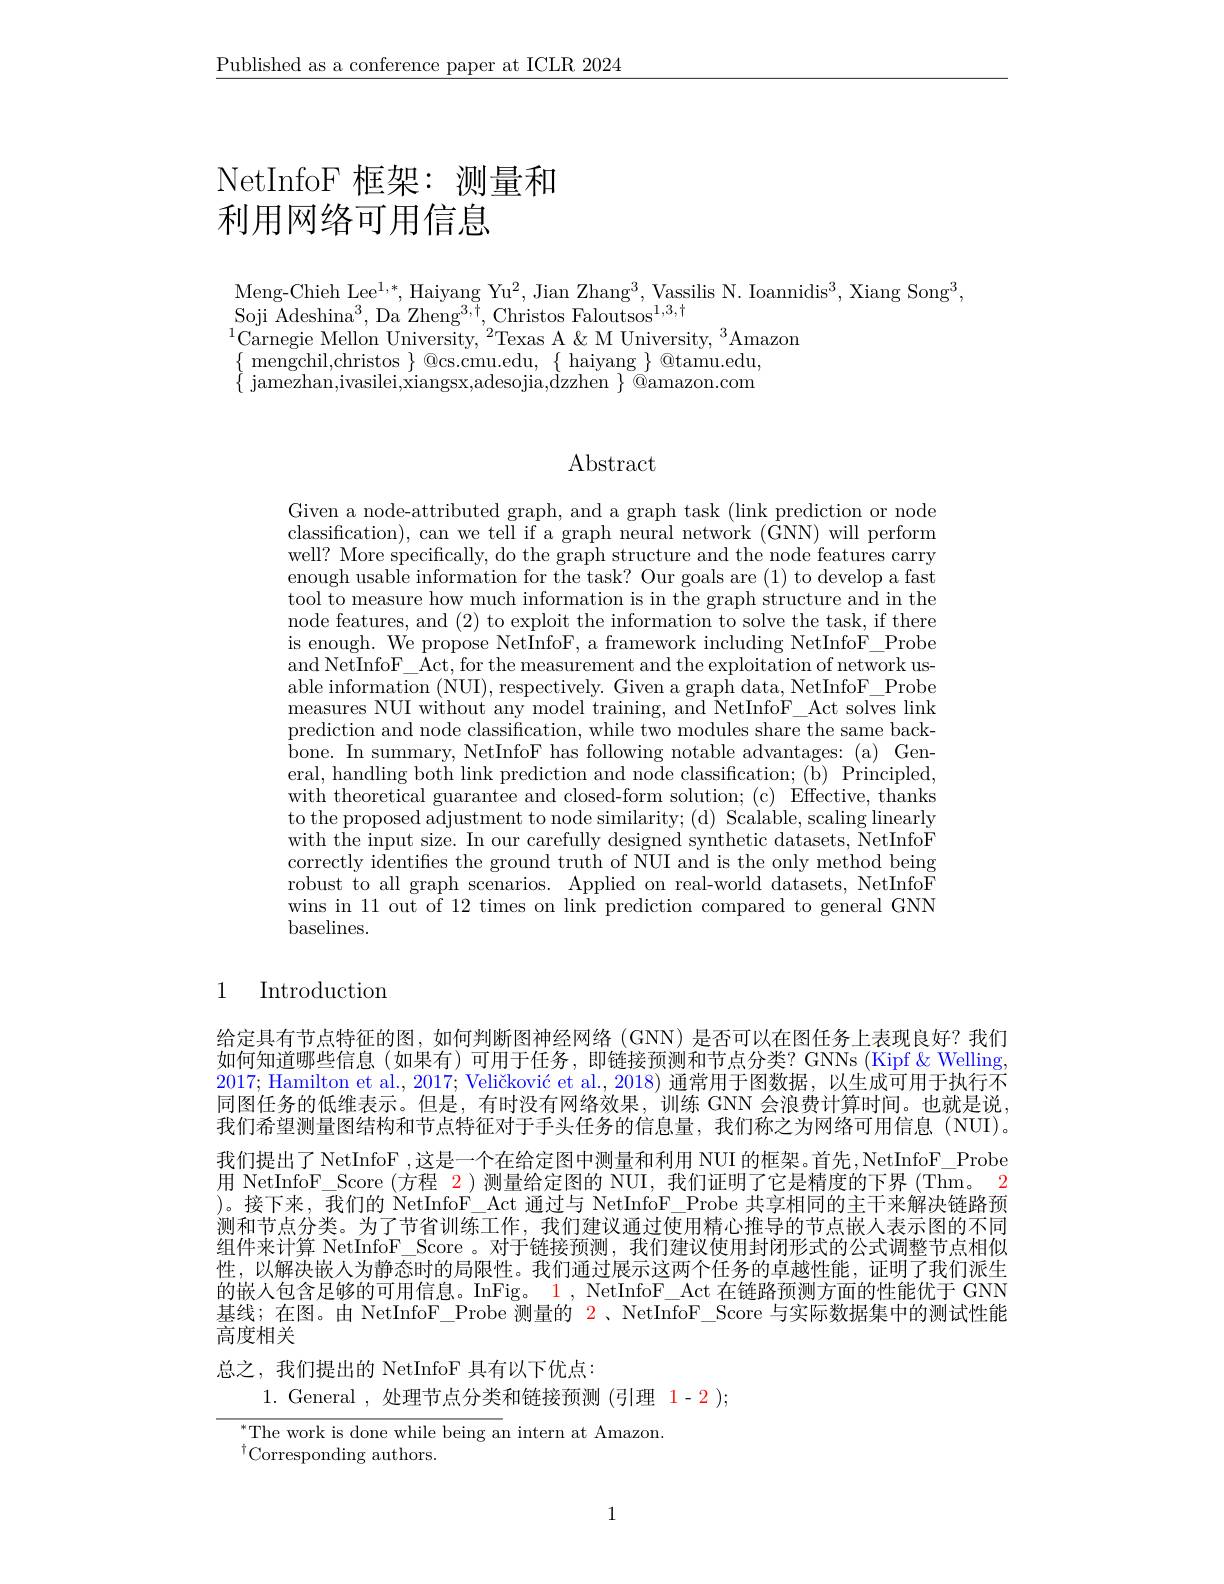
$\underline{\text{Published as a conference paper at ICLR 2024}}$

# NetInfoF 框架：测量和利用网络可用信息

Meng-Chieh Lee$^1,*$, Haiyang Yu$^2$, Jian Zhang$^3$, Vassilis N. Ioannidis$^3$, Xiang Song$^3$,
$\mathrm{Soji~Adeshina^{3},~Da~Zheng^{3,\dagger},~Christos~Faloutsos}^{1,3,\dagger}$
$^{1}$Carnegie Mellon University,$^2$Texas A&M University,$^3$Amazon
$\begin{array}{l}{\{\begin{array}{l}{\mathrm{mengchil,christos~}\}@cs.cmu.edu,~\{~haiyang~\}~@tamu.edu,}\\{\{~jamezhan,ivasilei,xiangsx,adesojia,dzzhen~\}~@amazon.com}\end{array}}\\\end{array}$

# Abstract

Given a node-attributed graph, and a graph task (link prediction or node classification), can we tell if a graph neural network $(\dot{\mathrm{GNN}})$ will perform well? More specifically, do the graph structure and the node features carry enough usable information for the task? Our goals are (1) to develop a fast tool to measure how much information is in the graph structure and in the node features, and (2) to exploit the information to solve the task, if there is enough. We propose NetInfoF, a framework including NetInfoF\_Probe and NetInfoF\_ Act, for the measurement and the exploitation of network usable information (NUI), respectively. Given a graph data, NetInfoF\_Probe measures NUI without any model training, and NetInfo$\overset{\mathrm{F}}{\operatorname*{\operatorname*{F}}}\_$Act solves link prediction and node classification, while two modules share the same backeral, handling both link prediction and node classification; (b) Principled, with theoretical guarantee and closed-form solution; (c) Effective, thanks to the proposed adjustment to node similarity; (d) Scalable, scaling linearly with the input size. In our carefully designed synthetic datasets, NetInfoF correctly identifies the ground truth of NUI and is the only method being robust to all graph scenarios. Applied on real-world datasets, NetInfoF wins in 11 out of 12 times on link prediction compared to general GNN baselines.

### 1 Introduction

给定具有节点特征的图，如何判断图神经网络 (GNN) 是否可以在图任务上表现良好？我们如何知道哪些信息(如果有)可用于任务，即链接预测和节点分类？GNNs (Kipf&Welling, 2017; Hamilton et al., $2017; \text{ Veli\v {c}kovi\' {c}etal. , 2018) 通 常 用 于 图 数 据 , 以 生 成 可 用 于 执 行 不 }$ 同图任务的低维表示。但是，有时没有网络效果，训练 GNN 会浪费计算时间。也就是说， 我们希望测量图结构和节点特征对于手头任务的信息量，我们称之为网络可用信息(NUI)。我们提出了 NetInfoF ,这是一个在给定图中测量和利用 NUI 的框架。首先，NetInfoF\_ Probe 用 NetInfoF\_Score (方程$\color{red}{2}$)测量给定图的 NUI, 我们证明了它是精度的下界(Thm。2 )。接下来，我们的 NetInfoF\_Act 通过与 NetInfoF\_Probe 共享相同的主干来解决链路预测和节点分类。为了节省训练工作，我们建议通过使用精心推导的节点嵌入表示图的不同组件来计算 NetInfoF\_Score 。对于链接预测，我们建议使用封闭形式的公式调整节点相似性，以解决嵌人为静态时的局限性。我们通过展示这两个任务的卓越性能，证明了我们派生的嵌人包含足够的可用信息。InFig。$\color{red}{1,\text{NetInfoF\_Act 在链路预测方面的性能优于 GNN}}$ 基线；在图。由 NetInfoF\_Probe 测量的$\color{red}{2}$、NetInfoF\_Score 与实际数据集中的测试性能高度相关
总之，我们提出的 NetInfoF 具有以下优点：

1.General ,处理节点分类和链接预测 (引理 1-2 );

$^*$The work is done while being an intern at Amazon.
$^{\dagger}$Corresponding authors.

1